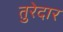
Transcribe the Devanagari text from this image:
तुरेदार